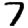
Digit: 7